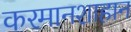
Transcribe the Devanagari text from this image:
करमानशाहान